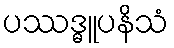
ပဿဒ္ဓူပနိသံ